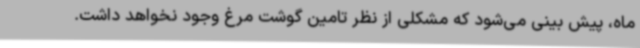
ماه، پیش بینی می‌شود که مشکلی از نظر تامین گوشت مرغ وجود نخواهد داشت.